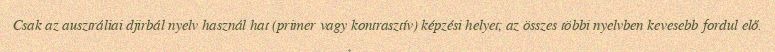
Csak az ausztráliai djirbál nyelv használ hat (primer vagy kontrasztív) képzési helyet; az összes többi nyelvben kevesebb fordul elő.